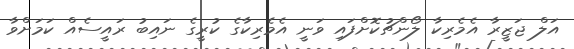
އަލް ޖަޒީރާ އެމެރިކާ ލޯންޗުކޮށްފައި ވަނީ އެމެރިކާގެ ކުރީގެ ނައިބު ރައީސެއް ކަމަށްވާ